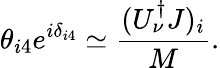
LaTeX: \theta_{i4}e^{i\delta_{i4}}\simeq\frac{(U_{\nu}^{\dagger}J)_{i}}{M}.